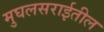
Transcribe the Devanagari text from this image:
मुघलसराईतील